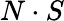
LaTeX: N\cdot S